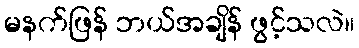
မနက်ဖြန် ဘယ်အချိန် ဖွင့်သလဲ။